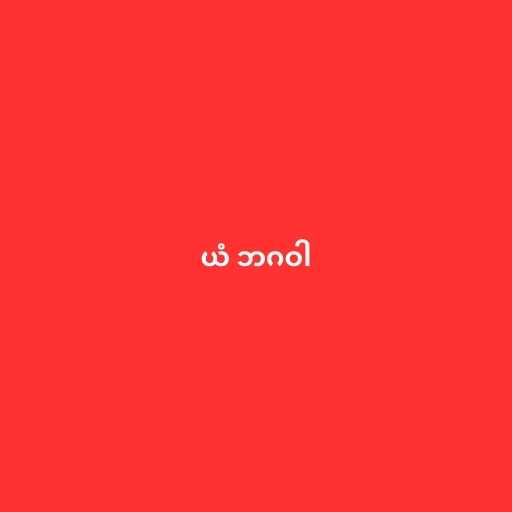
ယံ ဘဂဝါ